Burma Government Medical School reports 1907-22
Year: 1907
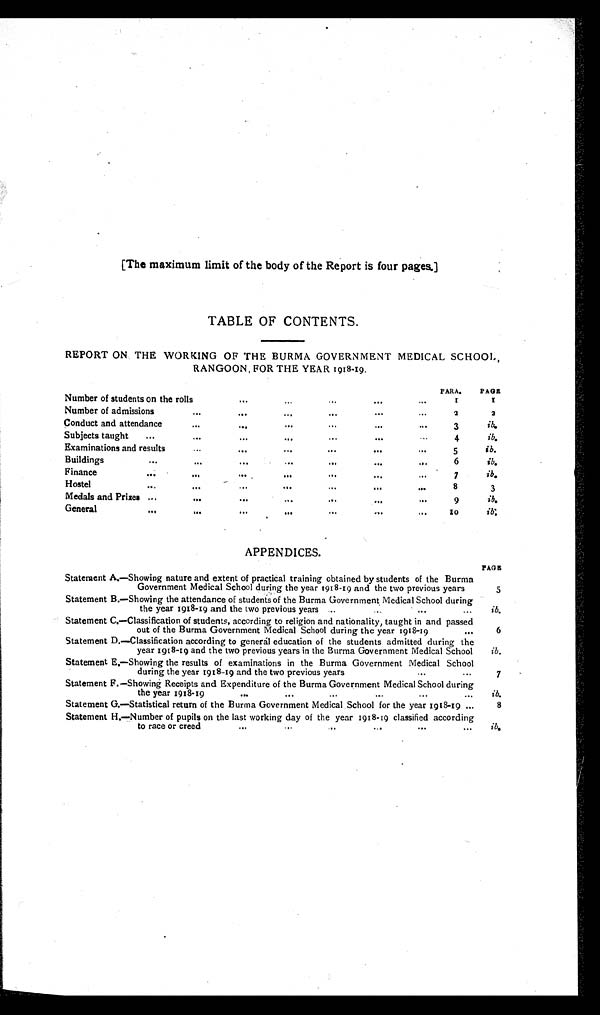
[The maximum limit of the body of the Report is four pages.]
TABLE OF CONTENTS.
REPORT ON THE WORKING OF THE BURMA GOVERNMENT MEDICAL SCHOOL,
RANGOON, FOR THE YEAR 1918-19.
Number of students on the rolls
. . .
...
...
. . .
. . . PARA.
1
PAGE
1
Number of admissions
. . .
....
. . .
. .
. . .
. . .
2
2
Conduct and attendance
...
....
. . .
. . .
. . .
.. .
3
ib.
Subjects taught
...
. . .
. . .
. . .
...
. . .
. . .
4
ib.
Examinations and result
...
. . .
. . .
. . .
. . .
".
5
ib.
Buildings
...
. . .
. . .
. . .
...
...
...
6
ib.
Finance
...
. . .
. . .
...
. . .
...
...
7
ib.
Hostel
...
. . .
...
. . .
...
. .
. i . .
8
3
Medals and Prizes
. . . .
. . .
...
. . .
. . . .
9
ib.
General
...
. . . .
. . .
."
. . .
...
10
ib.
APPENDICES.
PAGE
Statement A.—Showing nature and extent of practical training obtained by students of the Burma
Government Medical School during the year 1918-19 and the two previous years
5
Statement B.—Showing the attendance of students of the Burma Government Medical School during
the year 1918-19 and the two previous years ..
..
...
...
ib.
Statement C.—Classification of students, according to religion and nationality, taught in and passed
out of the Burma Government Medical School during the year 1918-19
...
6
Statement D.—Classification according to general education of the students admitted during the
year 1918-19 and the two previous years in the Burma Government Medical School
ib.
Statement E.—Showing the results of examinations in the Burma Government Medical School
during the year 1918-19 and the two previous years
...
...
7
Statement F.—Showing Receipts and Expenditure of the Burma Government Medical School during
the year 1918-19
...
...
...
...
. . .
ib.
Statement G.—Statistical return of the Burma Government Medical School for the year 1918-19 ...
8
Statement H.—Number of pupils on the last working day of the year 1918-19 classified according
to race or creed
...
..
...
...
...
ib.